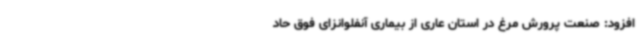
افزود: صنعت پرورش مرغ در استان عاری از بیماری آنفلوانزای فوق حاد